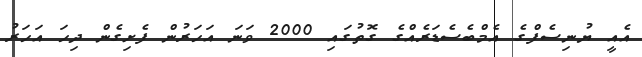
އެއީ ޔުނިސެފްގެ އެމްބެސެޑަރެއްގެ ގޮތުގައި 2000 ވަނަ އަހަރުން ފެށިގެން ދިހަ އަހަރު